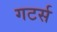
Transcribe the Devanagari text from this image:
गटर्स